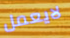
لايعمل